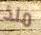
منذ